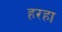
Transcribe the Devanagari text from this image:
हरहा